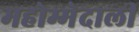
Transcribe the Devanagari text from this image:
महोम्मेदाली